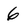
Character: 6